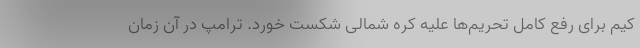
کیم برای رفع کامل تحریم‌ها علیه کره شمالی شکست خورد. ترامپ در آن زمان